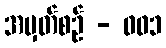
အမှတ်စဥ် - ၀၀၁